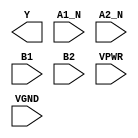
/**
 * Copyright 2020 The SkyWater PDK Authors
 *
 * Licensed under the Apache License, Version 2.0 (the "License");
 * you may not use this file except in compliance with the License.
 * You may obtain a copy of the License at
 *
 *     https://www.apache.org/licenses/LICENSE-2.0
 *
 * Unless required by applicable law or agreed to in writing, software
 * distributed under the License is distributed on an "AS IS" BASIS,
 * WITHOUT WARRANTIES OR CONDITIONS OF ANY KIND, either express or implied.
 * See the License for the specific language governing permissions and
 * limitations under the License.
 *
 * SPDX-License-Identifier: Apache-2.0
 */

`ifndef SKY130_FD_SC_HS__O2BB2AI_PP_BLACKBOX_V
`define SKY130_FD_SC_HS__O2BB2AI_PP_BLACKBOX_V

/**
 * o2bb2ai: 2-input NAND and 2-input OR into 2-input NAND.
 *
 *          Y = !(!(A1 & A2) & (B1 | B2))
 *
 * Verilog stub definition (black box with power pins).
 *
 * WARNING: This file is autogenerated, do not modify directly!
 */

`timescale 1ns / 1ps
`default_nettype none

(* blackbox *)
module sky130_fd_sc_hs__o2bb2ai (
    Y   ,
    A1_N,
    A2_N,
    B1  ,
    B2  ,
    VPWR,
    VGND
);

    output Y   ;
    input  A1_N;
    input  A2_N;
    input  B1  ;
    input  B2  ;
    input  VPWR;
    input  VGND;
endmodule

`default_nettype wire
`endif  // SKY130_FD_SC_HS__O2BB2AI_PP_BLACKBOX_V